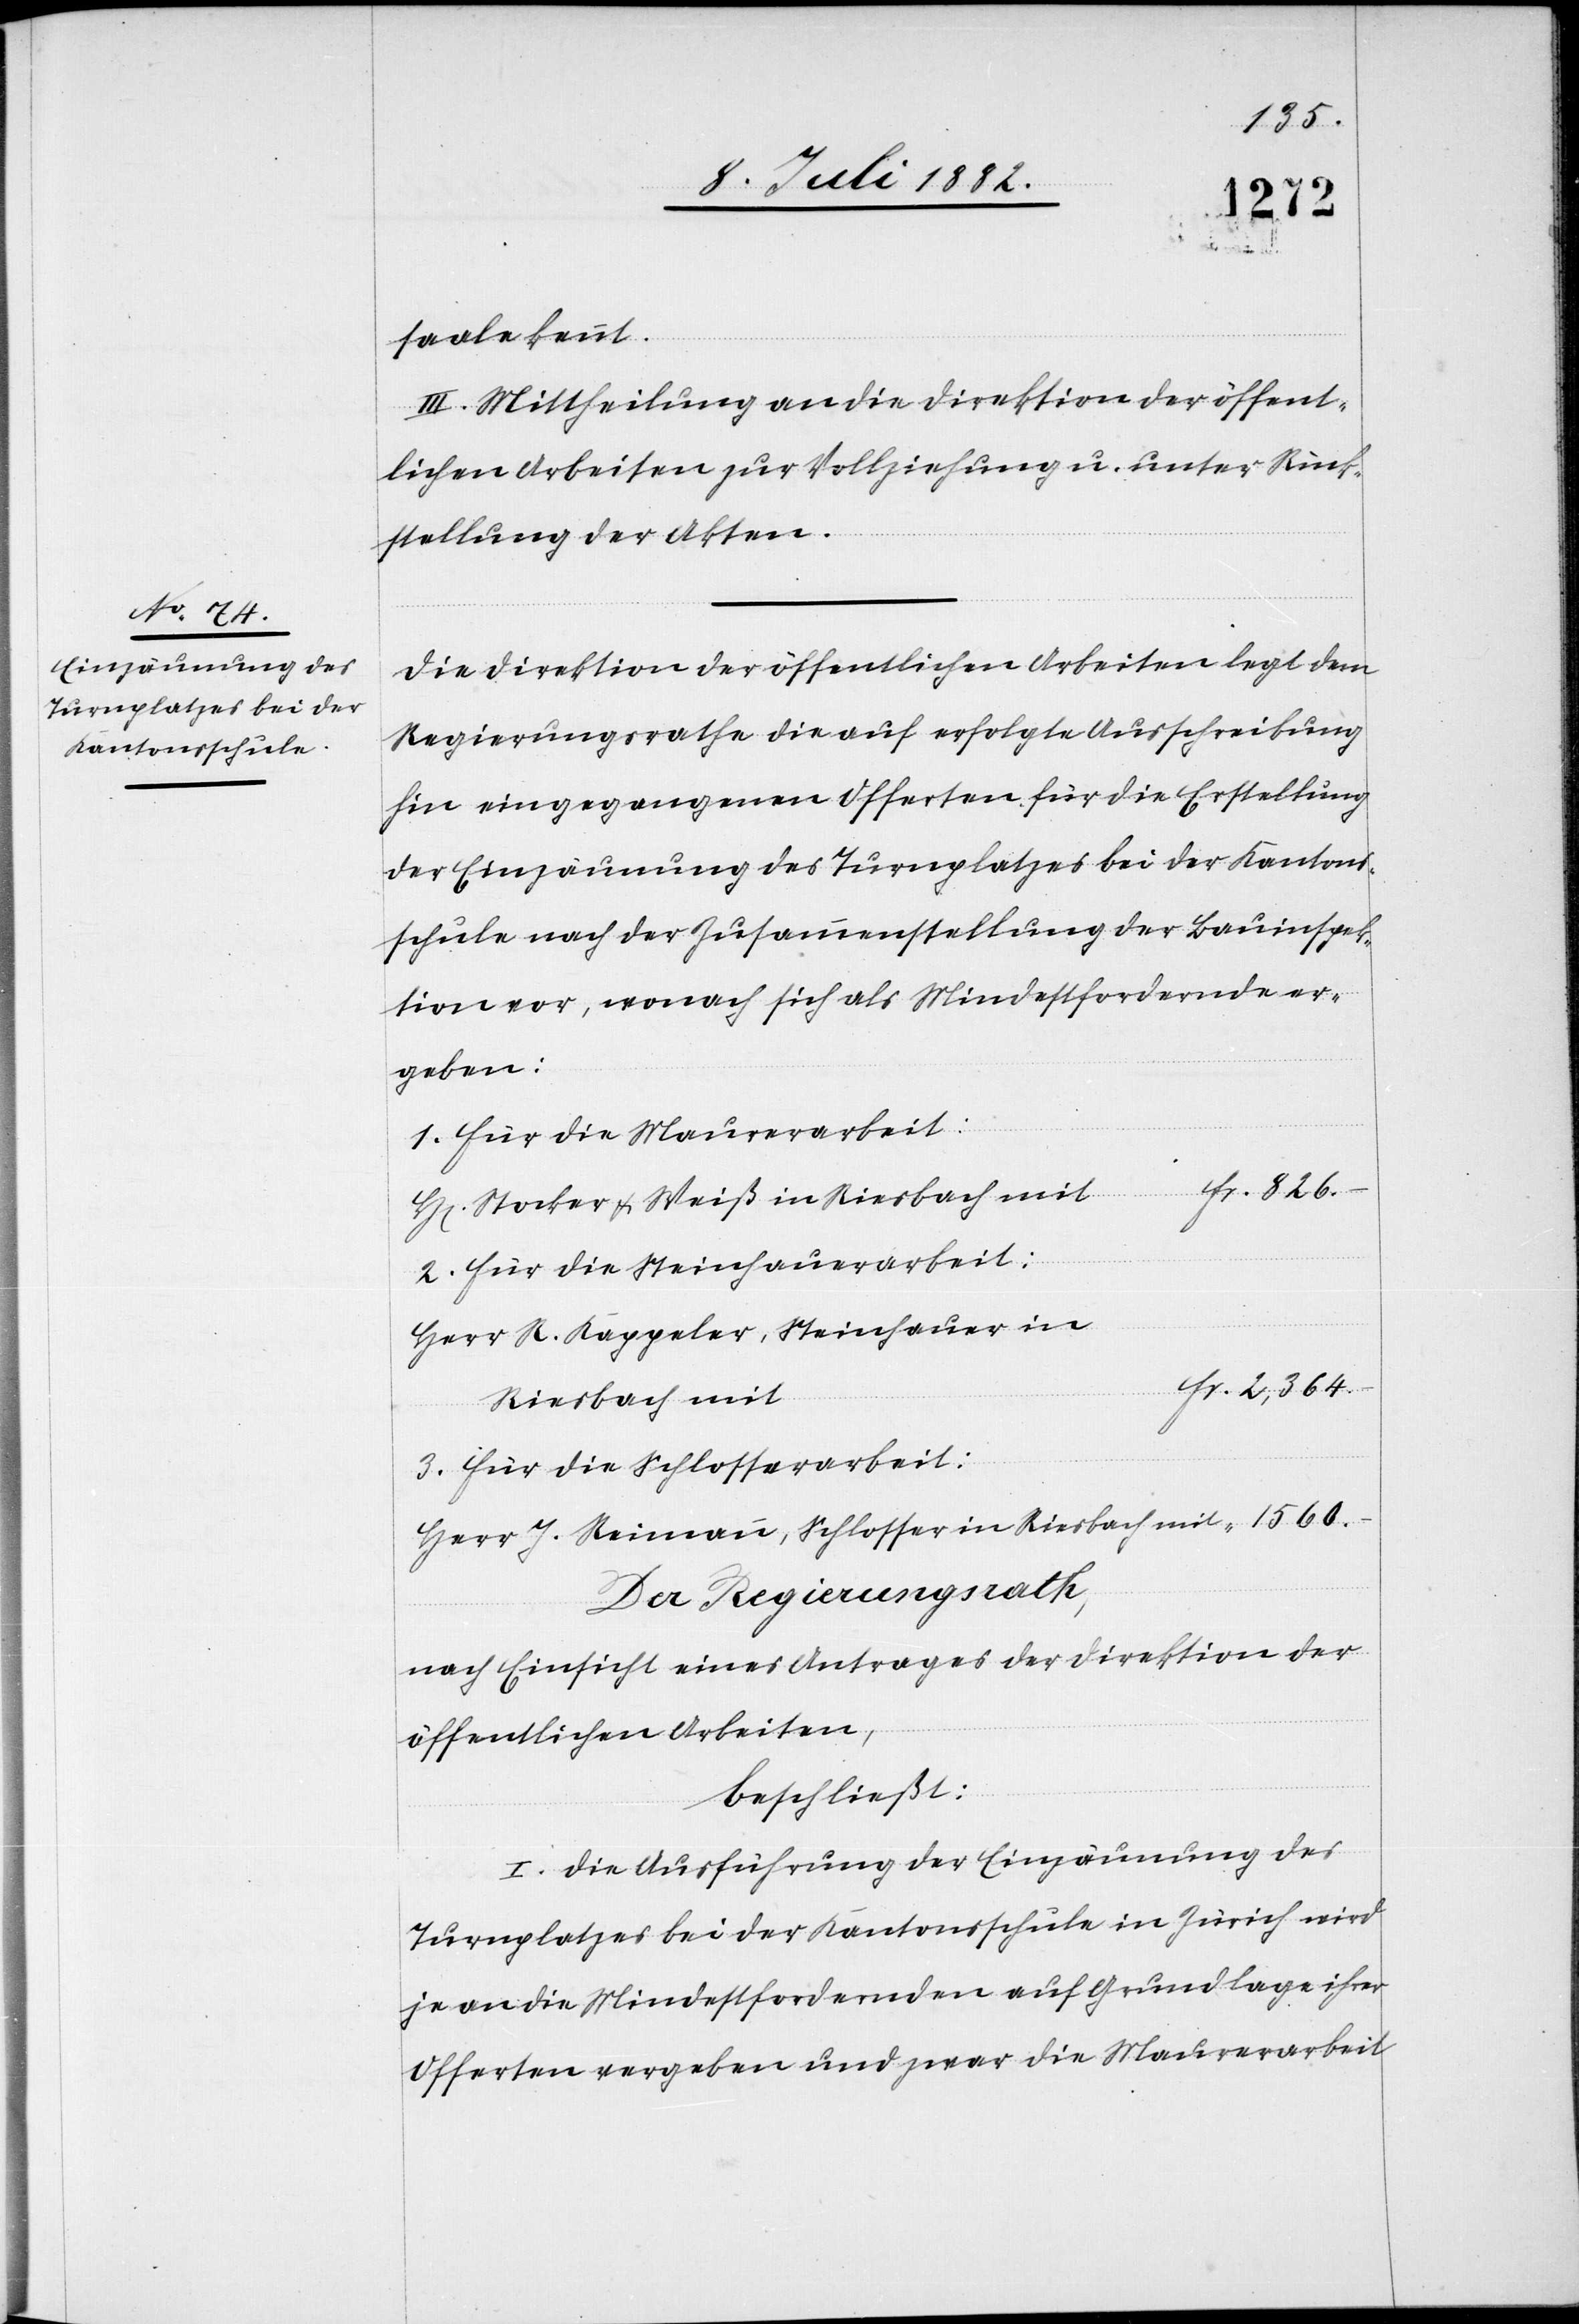
Fr.
H[erre¬
saale kennt.
III. Mittheilung an die Direktion der öffent¬
lichen Arbeiten zur Vollziehung u. unter Rück¬
Die Direktion der öffentlichen Arbeiten legt dem
Regierungsrathe die auf erfolgte Ausschreibung
eingegangenen Offerten für die Erstellung
der Einzäumung des Turnplatzes bei der Kantons¬
schule nach der Zusammenstellung der Bauinspek¬
tion vor, wonach sich als Mindestfordernde er¬
geben:
1. Für die Maurerarbeit:
1560.–
n] Stocker & Weiß in Riesbach mit
2. Für die Steinhauerarbeit:
Herr R. Kappeler, Steinhauer in
Riesbach mit
3. Für die Schlosserarbeit:
Herr J. Reimann, Schlosser in Riesbach mit
Der Regierungsrath,
nach Einsicht eines Antrages der Direktion der
öffentlichen Arbeiten,
beschließt:
I. Die Ausführung der Einzäumung des
Turnplatzes bei der Kantonsschule in Zürich wird
je an die Mindestfordernden auf Grundlage ihrer
Offerten vergeben und zwar die Maurerarbeit